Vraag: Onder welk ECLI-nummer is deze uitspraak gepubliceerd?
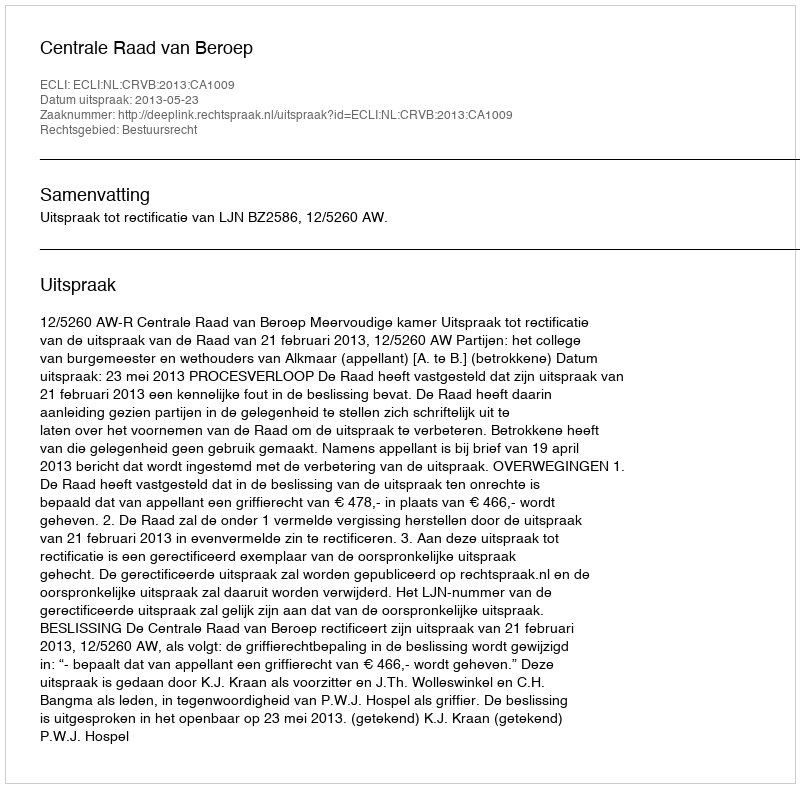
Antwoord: ECLI:NL:CRVB:2013:CA1009